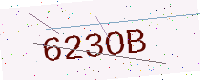
Text: 623OB